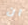
ان